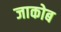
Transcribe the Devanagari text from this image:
जाकोब